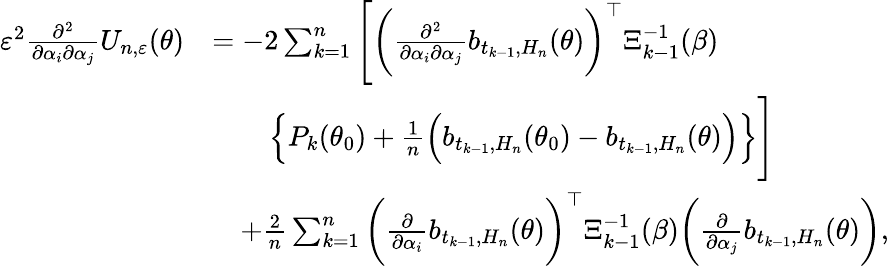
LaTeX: \begin{array}{rl}{\varepsilon^{2}\frac{\partial^{2}}{\partial\alpha_{i}\partial\alpha_{j}}U_{n,\varepsilon}(\theta)}&{=-2\sum_{k=1}^{n}\Bigg[\bigg(\frac{\partial^{2}}{\partial\alpha_{i}\partial\alpha_{j}}b_{t_{k-1},H_{n}}(\theta)\bigg)^{\top}\Xi_{k-1}^{-1}(\beta)}\\ &{\qquad\Big\{ P_{k}(\theta_{0})+\frac{1}{n}\Big(b_{t_{k-1},H_{n}}(\theta_{0})-b_{t_{k-1},H_{n}}(\theta)\Big)\Big\} \Bigg]}\\ &{\quad+\frac{2}{n}\sum_{k=1}^{n}\bigg(\frac{\partial}{\partial\alpha_{i}}b_{t_{k-1},H_{n}}(\theta)\bigg)^{\top}\Xi_{k-1}^{-1}(\beta)\bigg(\frac{\partial}{\partial\alpha_{j}}b_{t_{k-1},H_{n}}(\theta)\bigg),}\end{array}